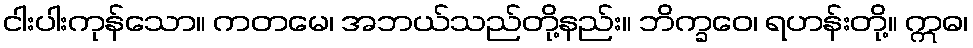
ငါးပါးကုန်သော။ ကတမေ၊ အဘယ်သည်တို့နည်း။ ဘိက္ခဝေ၊ ရဟန်းတို့။ ဣဓ၊